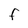
Character: F